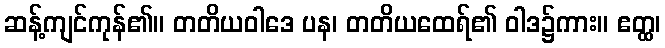
ဆန့်ကျင်ကုန်၏။ တတိယဝါဒေ ပန၊ တတိယထေရ်၏ ဝါဒ၌ကား။ ဧတ္ထ၊